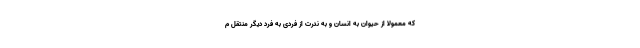
که معمولا از حیوان به انسان و به ندرت از فردی به فرد دیگر منتقل م